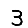
Digit: 3